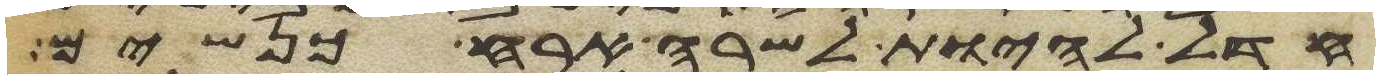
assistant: חדל להיות לשרה ארח כנשים